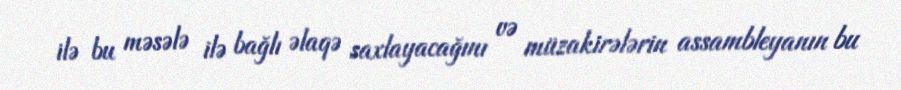
ilə bu məsələ ilə bağlı əlaqə saxlayacağını və müzakirələrin assambleyanın bu